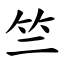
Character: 竺